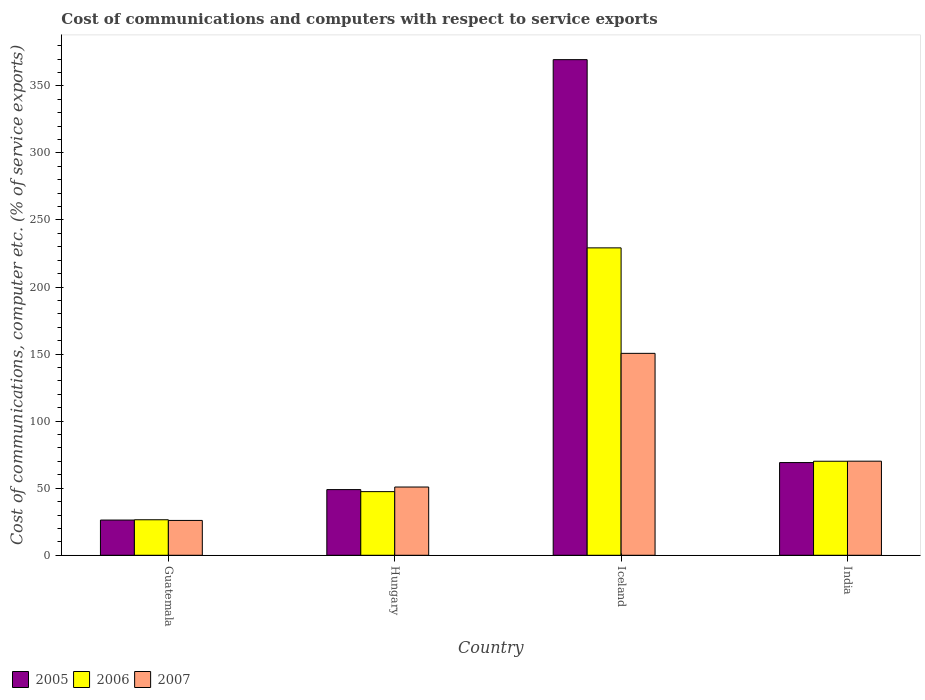
| Country | 2005 | 2006 | 2007 |
 | --- | --- | --- | --- |
 | Guatemala | 26.3 | 26.5 | 26 |
 | Hungary | 49 | 47.5 | 50.9 |
 | Iceland | 370 | 229 | 151 |
 | India | 69.1 | 70.1 | 70.2 |